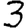
Digit: 3